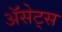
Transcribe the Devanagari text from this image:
ॲसेट्स